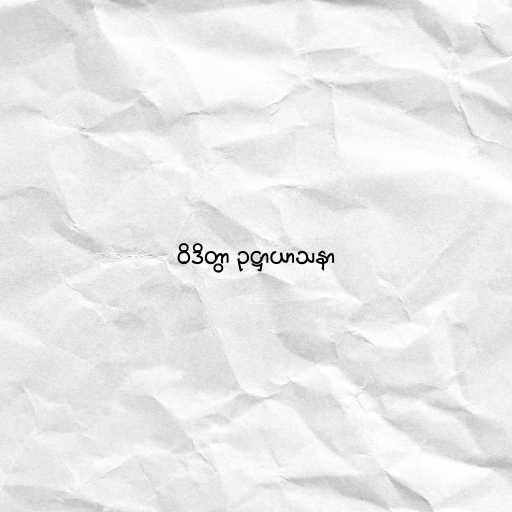
ဝိဒိတွာ ဥဋ္ဌာယာသနာ